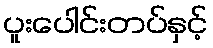
ပူးပေါင်းတပ်နှင့်